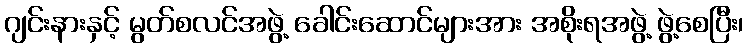
ဂျင်းနားနှင့် မွတ်စလင်အဖွဲ့ ခေါင်းဆောင်များအား အစိုးရအဖွဲ့ ဖွဲ့စေပြီး၊